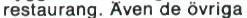
restaurang. Även de övriga